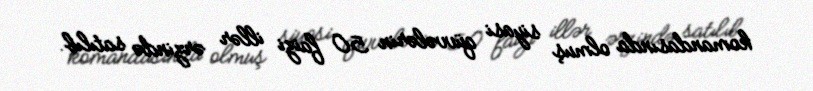
komandasında olmuş siyasi qüvvələrin 50 faizi illər ərzində satılıb.